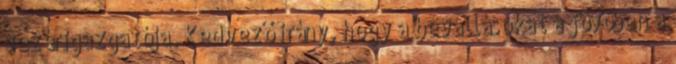
vezérigazgatója. Kedvező irány, hogy a bevallásokat a jövőben a